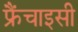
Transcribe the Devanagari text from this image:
फ्रैंचाइसी